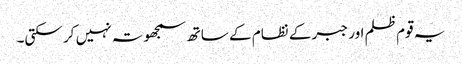
یہ قوم ظلم اور جبر کے نظام کے ساتھ سمجھوتہ نہیں کر سکتی۔